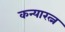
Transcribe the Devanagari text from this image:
कन्यारत्न